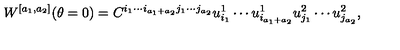
W ^ { [ a _ { 1 } , a _ { 2 } ] } ( \theta = 0 ) = C ^ { i _ { 1 } \cdots i _ { a _ { 1 } + a _ { 2 } } j _ { 1 } \cdots j _ { a _ { 2 } } } u _ { i _ { 1 } } ^ { 1 } \cdots u _ { i _ { a _ { 1 } + a _ { 2 } } } ^ { 1 } u _ { j _ { 1 } } ^ { 2 } \cdots u _ { j _ { a _ { 2 } } } ^ { 2 } ,